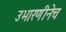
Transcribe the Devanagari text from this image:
उभारणीनेच